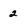
Character: 2